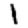
Digit: 1